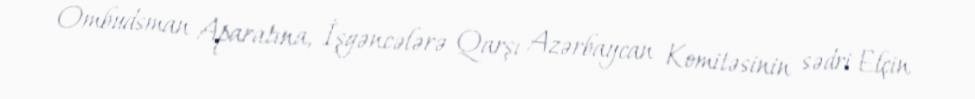
Ombudsman Aparatına, İşgəncələrə Qarşı Azərbaycan Komitəsinin sədri Elçin